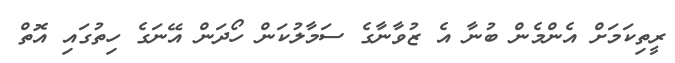
ރީތިކަމަށް އެންމެން ބުނާ އެ ޒުވާނާގެ ސަމާލުކަން ހޯދަން އޭނަގެ ހިތުގައި އޮތް